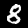
Digit: 8